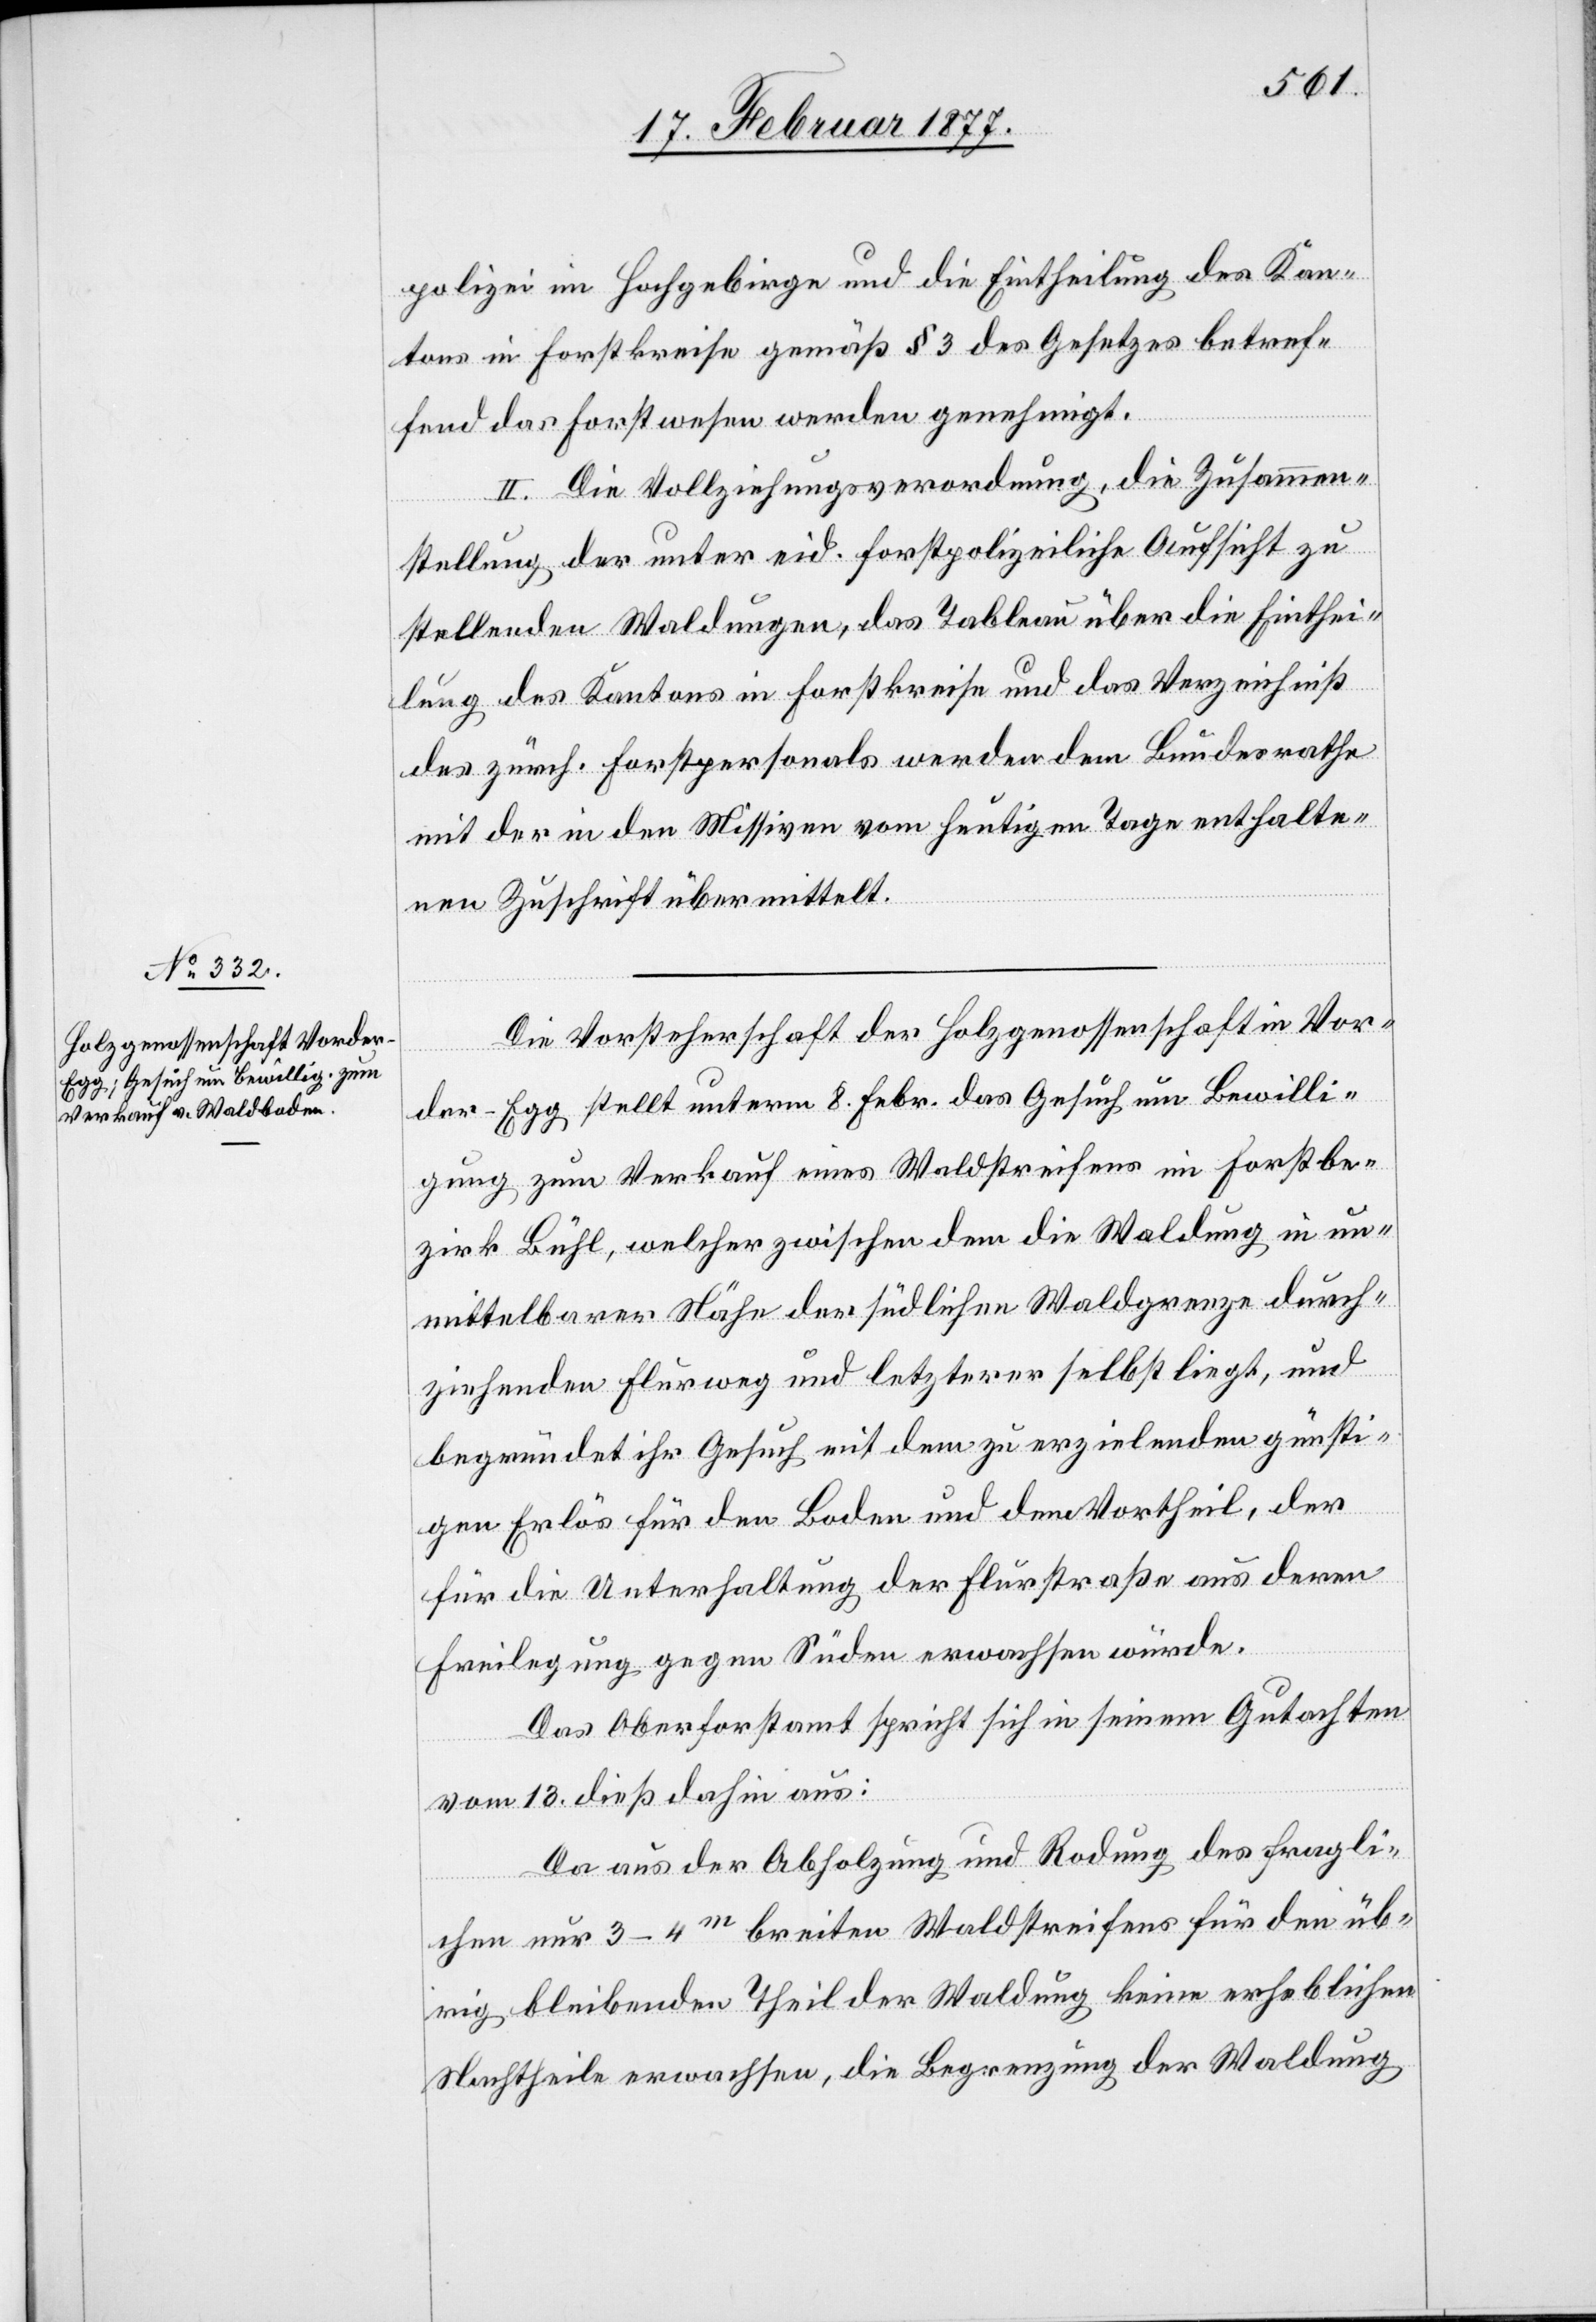
polizei im Hochgebirge und die Eintheilung des Kan¬
tons in Forstkreise gemäß § 3 des Gesetzes betref¬
fend das Forstwesen werden genehmigt.
II. Die Vollziehungsverordnung, die Zusammen¬
stellung der unter eid. forstpolizeiliche Aufsicht zu
stellenden Waldungen, das Tableau über die Einthei¬
lung des Kantons in Forstkreise und das Verzeichniß
des zürch. Forstpersonals werden dem Bundesrathe
mit der in den Missiven vom heutigen Tage enthalte¬
nen Zuschrift übermittelt.
Die Vorsteherschaft der Holzgenossenschaft in Vor¬
der-Egg stellt unterm 8. Febr. das Gesuch um Bewilli¬
gung zum Verkauf eines Waldstreifens im Forstbe¬
zirk Bühl, welcher zwischen dem die Waldung in un¬
mittelbarer Nähe der südlichen Waldgrenze durch¬
ziehenden Flurweg und letzterer selbst liegt, und
begründet ihr Gesuch mit dem zu erzielenden günsti¬
gen Erlös für den Boden und dem Vortheil, der
für die Unterhaltung der Flurstraße aus deren
Freilegung gegen Süden erwachsen würde.
Das Oberforstamt spricht sich in seinem Gutachten
vom 13. dieß dahin aus:
Da aus der Abholzung und Rodung des fragli¬
chen nur 3–4m breiten Waldstreifens für den üb¬
rig bleibenden Theil der Waldung keine erheblichen
Nachtheile erwachsen, die Begrenzung der Waldung